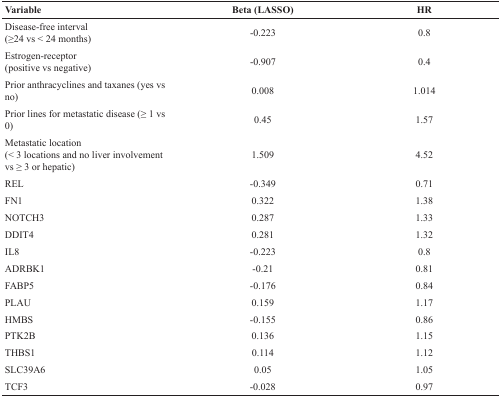
<table><thead><tr><td><b>Variable</b></td><td><b>Beta (LASSO)</b></td><td><b>HR</b></td></tr></thead><tbody><tr><td>Disease-free interval(≥24 vs &lt; 24 months)</td><td>−0.223</td><td>0.8</td></tr><tr><td>Estrogen-receptor(positive vs negative)</td><td>−0.907</td><td>0.4</td></tr><tr><td>Prior anthracyclines and taxanes (yes vs no)</td><td>0.008</td><td>1.014</td></tr><tr><td>Prior lines for metastatic disease (≥ 1 vs 0)</td><td>0.45</td><td>1.57</td></tr><tr><td>Metastatic location(&lt; 3 locations and no liver involvement vs ≥ 3 or hepatic)</td><td>1.509</td><td>4.52</td></tr><tr><td>REL</td><td>−0.349</td><td>0.71</td></tr><tr><td>FN1</td><td>0.322</td><td>1.38</td></tr><tr><td>NOTCH3</td><td>0.287</td><td>1.33</td></tr><tr><td>DDIT4</td><td>0.281</td><td>1.32</td></tr><tr><td>IL8</td><td>−0.223</td><td>0.8</td></tr><tr><td>ADRBK1</td><td>−0.21</td><td>0.81</td></tr><tr><td>FABP5</td><td>−0.176</td><td>0.84</td></tr><tr><td>PLAU</td><td>0.159</td><td>1.17</td></tr><tr><td>HMBS</td><td>−0.155</td><td>0.86</td></tr><tr><td>PTK2B</td><td>0.136</td><td>1.15</td></tr><tr><td>THBS1</td><td>0.114</td><td>1.12</td></tr><tr><td>SLC39A6</td><td>0.05</td><td>1.05</td></tr><tr><td>TCF3</td><td>−0.028</td><td>0.97</td></tr></tbody></table>